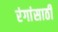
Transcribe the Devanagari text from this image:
रंगांसाठी